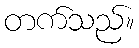
တက်သည်။